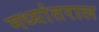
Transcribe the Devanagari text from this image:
मध्यांतराल